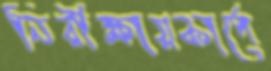
নিরীক্ষায়কার্পে